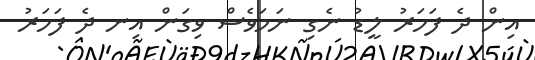
އިން ދެ ފަހަރު ލީޑު ނެގި ނަމަވެސް ވިގަން އިނ ދެ ފަހަރު